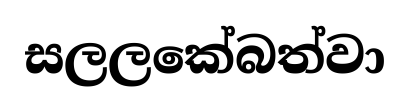
සලලකේබත්වා